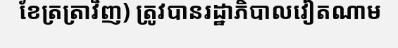
ខែត្រត្រាវិញ) ត្រូវបានរដ្ឋាភិបាលវៀតណាម